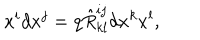
LaTeX: x ^ { i } d x ^ { j } = q \hat { R } _ { k l } ^ { i j } d x ^ { k } x ^ { l } ,